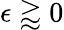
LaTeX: \epsilon\gtrapprox 0